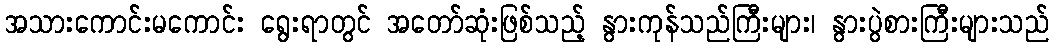
အသားကောင်းမကောင်း ရွေးရာတွင် အတော်ဆုံးဖြစ်သည့် နွားကုန်သည်ကြီးများ၊ နွားပွဲစားကြီးများသည်